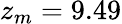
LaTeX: z_{m}=9.49